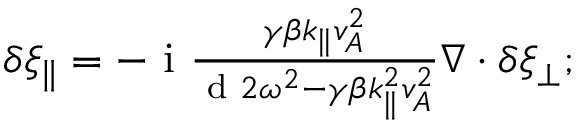
\begin{array} { r } { \delta \xi _ { \parallel } = - \mathrm { ~ i ~ } \frac { \gamma \beta k _ { \parallel } v _ { A } ^ { 2 } } { \textrm { d } 2 \omega ^ { 2 } - \gamma \beta k _ { \parallel } ^ { 2 } v _ { A } ^ { 2 } } \nabla \cdot \delta \boldsymbol { \xi } _ { \perp } ; } \end{array}